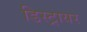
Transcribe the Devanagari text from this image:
डिस्ट्रायर